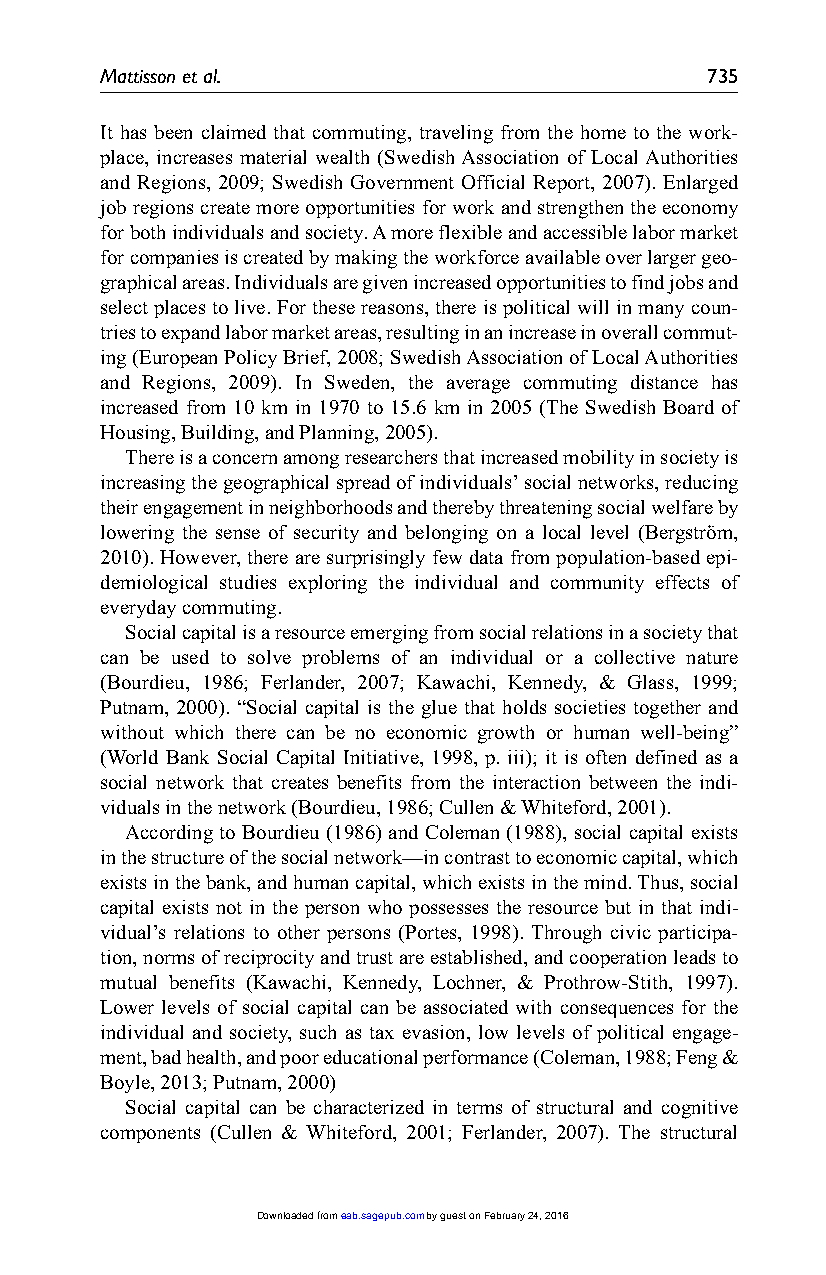
Mattisson et al.                        735
 It has been claimed that commuting, traveling from the home to the work-
 place, increases material wealth (Swedish Association of Local Authorities
 and Regions, 2009; Swedish Government Official Report, 2007). Enlarged
 job regions create more opportunities for work and strengthen the economy
 for both individuals and society. A more flexible and accessible labor market
 for companies is created by making the workforce available over larger geo-
 graphical areas. Individuals are given increased opportunities to find jobs and
 select places to live. For these reasons, there is political will in many coun-
 tries to expand labor market areas, resulting in an increase in overall commut-
 ing (European Policy Brief, 2008; Swedish Association of Local Authorities
 and Regions, 2009). In Sweden, the average commuting distance has
 increased from 10 km in 1970 to 15.6 km in 2005 (The Swedish Board of
 Housing, Building, and Planning, 2005).
 There is a concern among researchers that increased mobility in society is
 increasing the geographical spread of individuals’ social networks, reducing
 their engagement in neighborhoods and thereby threatening social welfare by
 lowering the sense of security and belonging on a local level (Bergström,
 2010). However, there are surprisingly few data from population-based epi-
 demiological studies exploring the individual and community effects of
 everyday commuting.
 Social capital is a resource emerging from social relations in a society that
 can be used to solve problems of an individual or a collective nature
 (Bourdieu, 1986; Ferlander, 2007; Kawachi, Kennedy, & Glass, 1999;
 Putnam, 2000). “Social capital is the glue that holds societies together and
 without which there can be no economic growth or human well-being”
 (World Bank Social Capital Initiative, 1998, p. iii); it is often defined as a
 social network that creates benefits from the interaction between the indi-
 viduals in the network (Bourdieu, 1986; Cullen & Whiteford, 2001).
 According to Bourdieu (1986) and Coleman (1988), social capital exists
 in the structure of the social network—in contrast to economic capital, which
 exists in the bank, and human capital, which exists in the mind. Thus, social
 capital exists not in the person who possesses the resource but in that indi-
 vidual’s relations to other persons (Portes, 1998). Through civic participa-
 tion, norms of reciprocity and trust are established, and cooperation leads to
 mutual benefits (Kawachi, Kennedy, Lochner, & Prothrow-Stith, 1997).
 Lower levels of social capital can be associated with consequences for the
 individual and society, such as tax evasion, low levels of political engage-
 ment, bad health, and poor educational performance (Coleman, 1988; Feng &
 Boyle, 2013; Putnam, 2000)
 Social capital can be characterized in terms of structural and cognitive
 components (Cullen & Whiteford, 2001; Ferlander, 2007). The structural
 Downloaded from eab.sagepub.com by guest on February 24, 2016